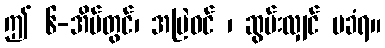
ဤ ၆-အိမ်တွင်၊ အမြဲဝင် ၊ ဆွမ်းလျှင် မခံရ။